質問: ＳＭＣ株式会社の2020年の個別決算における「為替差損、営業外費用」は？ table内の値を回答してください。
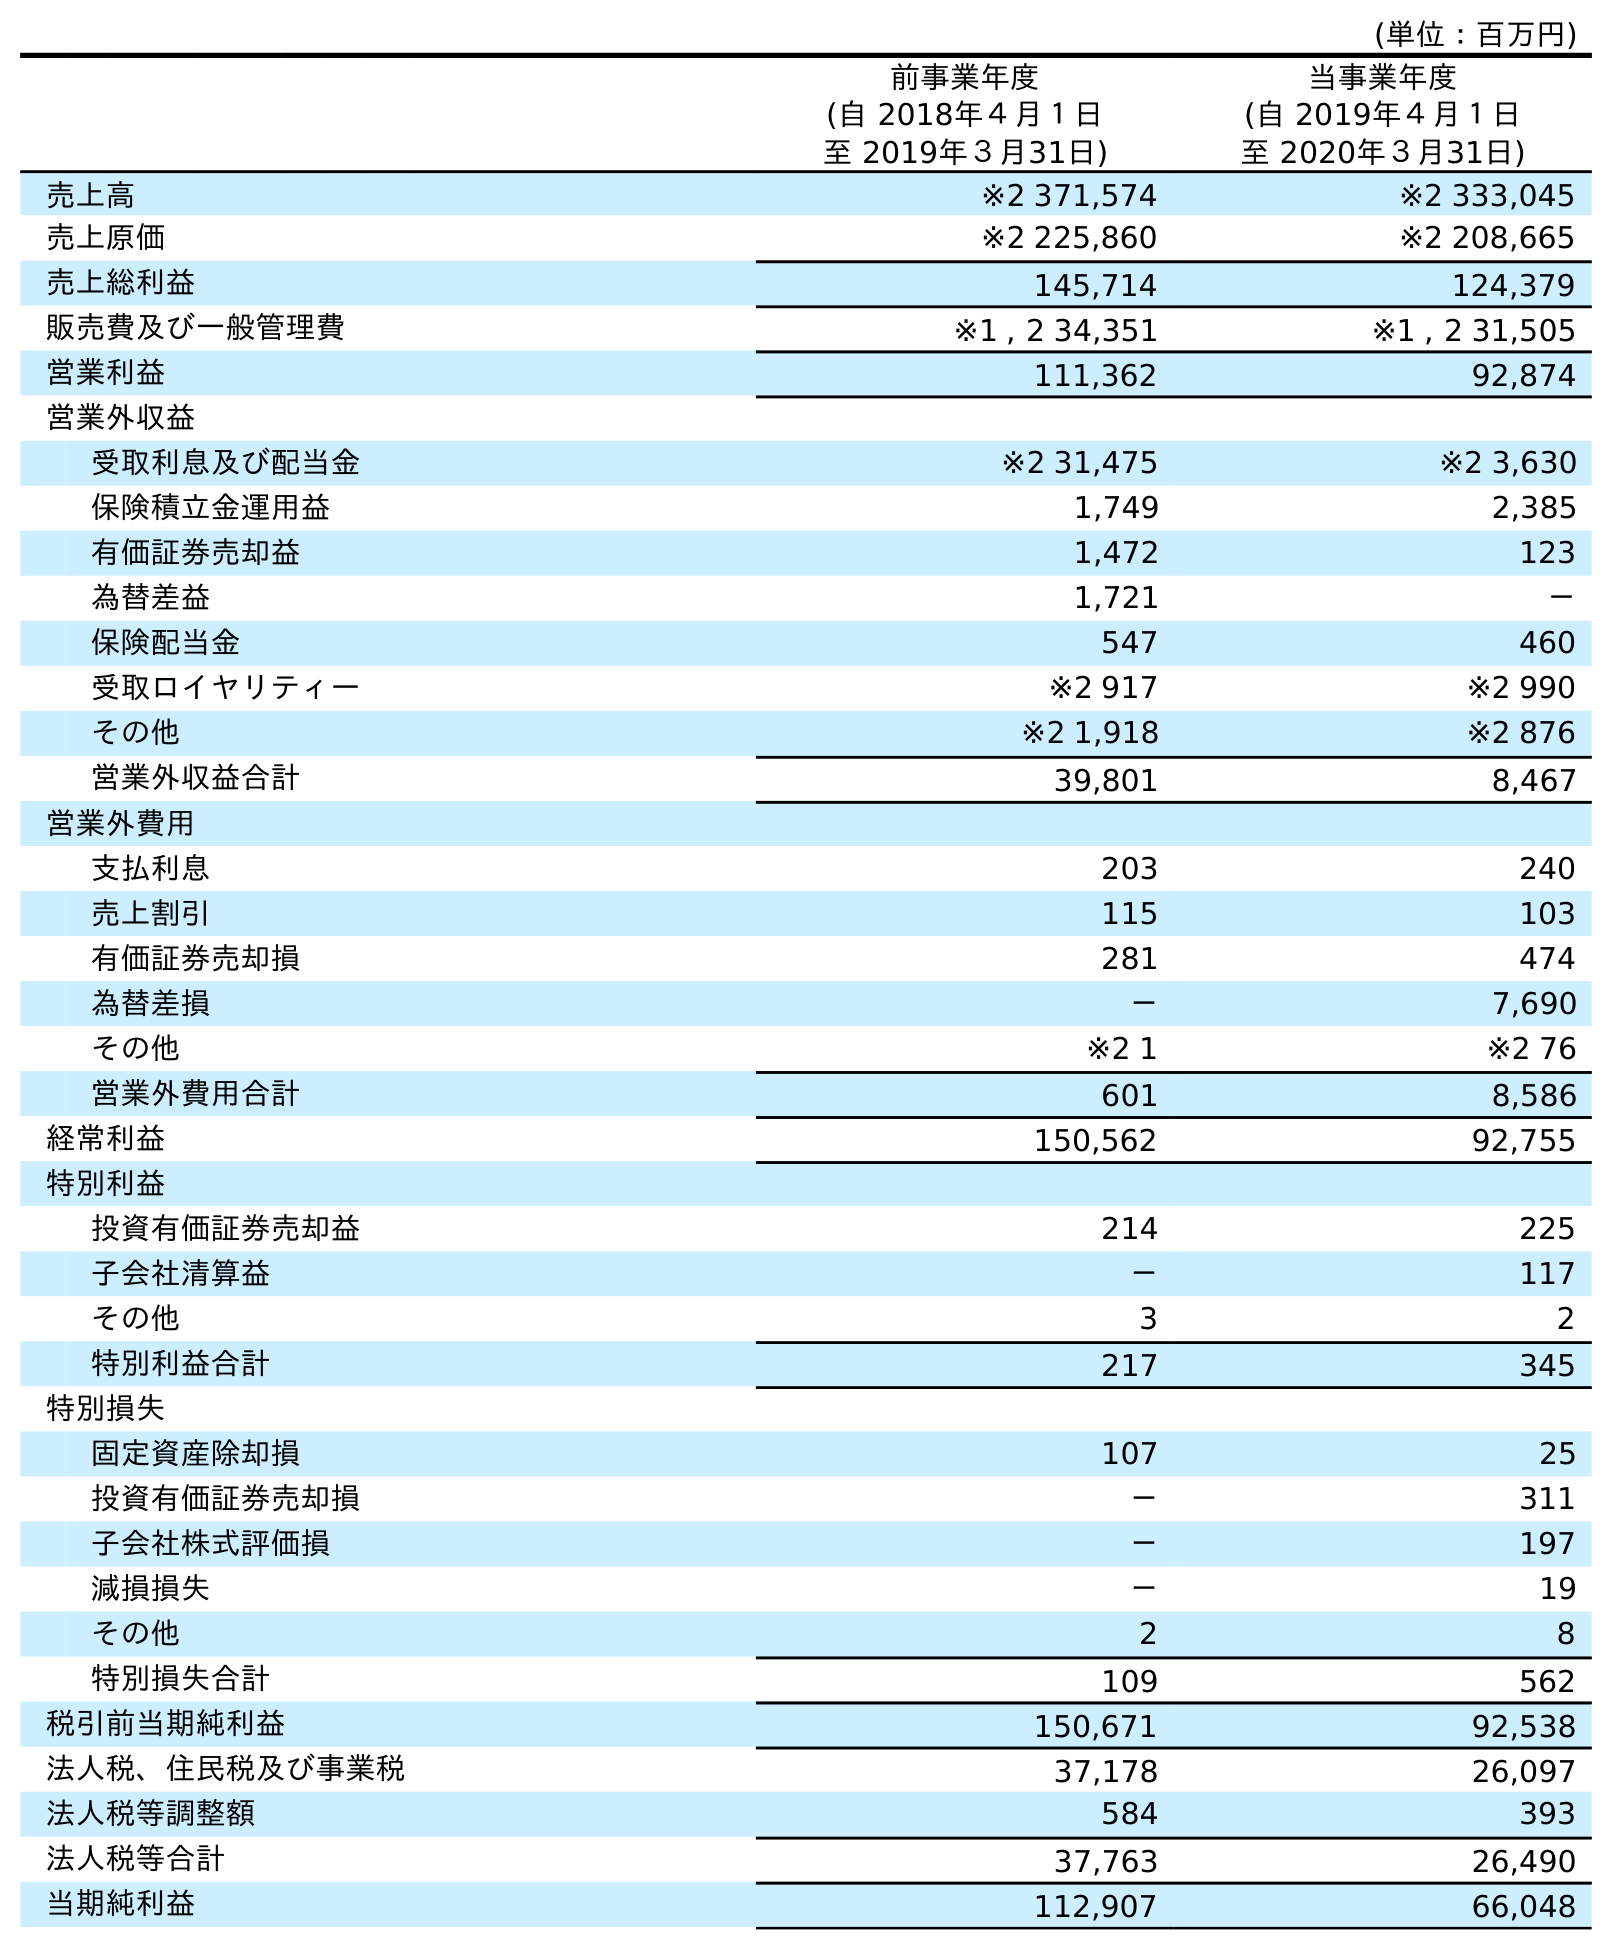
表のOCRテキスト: (単位：百万円) 前事業年度 (自 2018年４月１日 至 2019年３月31日) 当事業年度 (自 2019年４月１日 至 2020年３月31日) 売上高 ※2 371,574 ※2 333,045 売上原価 ※2 225,860 ※2 208,665 売上総利益 145,714 124,379 販売費及び一般管理費 ※1 , 2 34,351 ※1 , 2 31,505 営業利益 111,362 92,874 営業外収益 受取利息及び配当金 ※2 31,475 ※2 3,630 保険積立金運用益 1,749 2,385 有価証券売却益 1,472 123 為替差益 1,721 － 保険配当金 547 460 受取ロイヤリティー ※2 917 ※2 990 その他 ※2 1,918 ※2 876 営業外収益合計 39,801 8,467 営業外費用 支払利息 203 240 売上割引 115 103 有価証券売却損 281 474 為替差損 － 7,690 その他 ※2 1 ※2 76 営業外費用合計 601 8,586 経常利益 150,562 92,755 特別利益 投資有価証券売却益 214 225 子会社清算益 － 117 その他 3 2 特別利益合計 217 345 特別損失 固定資産除却損 107 25 投資有価証券売却損 － 311 子会社株式評価損 － 197 減損損失 － 19 その他 2 8 特別損失合計 109 562 税引前当期純利益 150,671 92,538 法人税、住民税及び事業税 37,178 26,097 法人税等調整額 584 393 法人税等合計 37,763 26,490 当期純利益 112,907 66,048
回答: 7,690